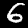
Digit: 6